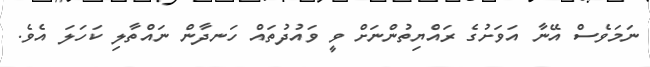
ނަމަވެސް އޭނާ އަވަށުގެ ރައްޔިތުންނަށް ވީ ވައުދުތައް ހަނދާން ނައްތާލި ކަހަލަ އެވެ.